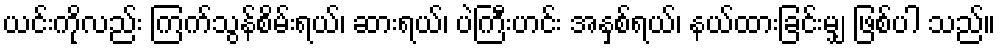
ယင်းကိုလည်း ကြက်သွန်စိမ်းရယ်၊ ဆားရယ်၊ ပဲကြီးဟင်း အနှစ်ရယ်၊ နယ်ထားခြင်းမျှ ဖြစ်ပါ သည်။